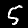
Label: 5